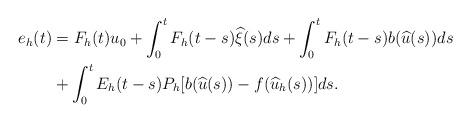
LaTeX: \begin{align*}e_h(t)&=F_h(t)u_0+\int_0^t F_h(t-s)\widehat{\xi}(s)ds+\int_0^t F_h(t-s)b(\widehat{u}(s))ds \\&+\int_0^t E_h(t-s)P_h[b(\widehat{u}(s))-f(\widehat{u}_h(s))]ds.\end{align*}